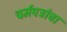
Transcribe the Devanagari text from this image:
चर्मपत्रांचा